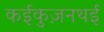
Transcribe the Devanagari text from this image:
कईकुज़नथई